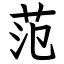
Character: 范